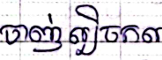
ចាញ់ល្បិចកល